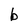
Character: b